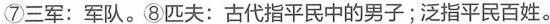
⑦三军:军队。⑧匹夫:古代指平民中的男子;泛指平民百姓。